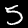
Label: 5